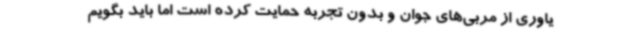
یاوری از مربی‌های جوان و بدون تجربه حمایت کرده است اما باید بگویم